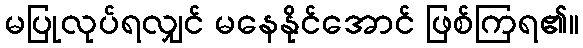
မပြုလုပ်ရလျှင် မနေနိုင်အောင် ဖြစ်ကြရ၏။